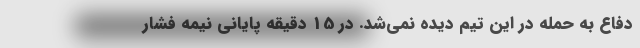
دفاع به حمله در این تیم دیده نمی‌شد. در 15 دقیقه پایانی نیمه فشار